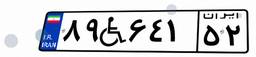
۸۹W۶۴۱۵۲